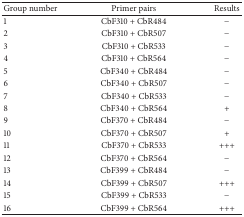
<table><thead><tr><td><b>Group number</b></td><td><b>Primer pairs</b></td><td><b>Results</b></td></tr></thead><tbody><tr><td>1</td><td>CbF310 + CbR484</td><td>−</td></tr><tr><td>2</td><td>CbF310 + CbR507</td><td>−</td></tr><tr><td>3</td><td>CbF310 + CbR533</td><td>−</td></tr><tr><td>4</td><td>CbF310 + CbR564</td><td>−</td></tr><tr><td>5</td><td>CbF340 + CbR484</td><td>−</td></tr><tr><td>6</td><td>CbF340 + CbR507</td><td>−</td></tr><tr><td>7</td><td>CbF340 + CbR533</td><td>−</td></tr><tr><td>8</td><td>CbF340 + CbR564</td><td>+</td></tr><tr><td>9</td><td>CbF370 + CbR484</td><td>−</td></tr><tr><td>10</td><td>CbF370 + CbR507</td><td>+</td></tr><tr><td>11</td><td>CbF370 + CbR533</td><td>+++</td></tr><tr><td>12</td><td>CbF370 + CbR564</td><td>−</td></tr><tr><td>13</td><td>CbF399 + CbR484</td><td>−</td></tr><tr><td>14</td><td>CbF399 + CbR507</td><td>+++</td></tr><tr><td>15</td><td>CbF399 + CbR533</td><td>−</td></tr><tr><td>16</td><td>CbF399 + CbR564</td><td>+++</td></tr></tbody></table>